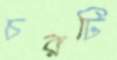
চরটি